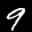
Label: 9